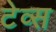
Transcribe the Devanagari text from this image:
टेव्स